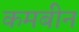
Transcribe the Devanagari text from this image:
कमबीन